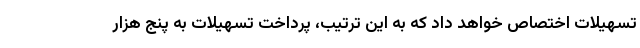
تسهیلات اختصاص خواهد داد که به این ترتیب، پرداخت تسهیلات به پنج هزار